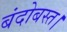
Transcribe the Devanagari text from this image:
बंदोबस्त।